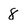
Character: 8